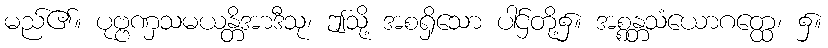
မည်၏။ ပုဗ္ဗဏှသမယန္တိအာဒီသု၊ ဤသို့ အစရှိသော ပါဌ်တို့၌။ အစ္စန္တသံယောဂတ္ထေ၊ ၌။